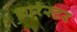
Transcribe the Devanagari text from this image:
फ़ारेस्टर